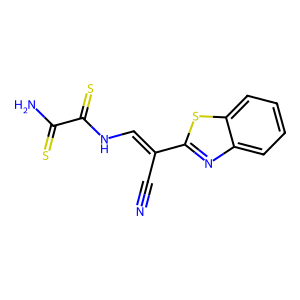
SMILES: N#CC(=CNC(=S)C(N)=S)c1nc2ccccc2s1
Inhibits HIV replication: No